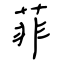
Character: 菲